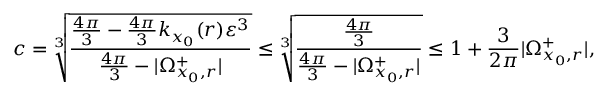
c = \sqrt [ 3 ] { \frac { \frac { 4 \pi } { 3 } - \frac { 4 \pi } { 3 } k _ { x _ { 0 } } ( r ) \varepsilon ^ { 3 } } { \frac { 4 \pi } { 3 } - | \Omega _ { x _ { 0 } , r } ^ { + } | } } \leq \sqrt [ 3 ] { \frac { \frac { 4 \pi } { 3 } } { \frac { 4 \pi } { 3 } - | \Omega _ { x _ { 0 } , r } ^ { + } | } } \leq 1 + \frac { 3 } { 2 \pi } | \Omega _ { x _ { 0 } , r } ^ { + } | ,